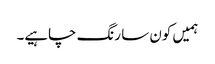
ہمیں کون سا رنگ چاہیے۔